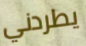
يطردني